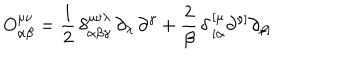
O _ { \alpha \beta } ^ { \mu \nu } = { \frac { 1 } { 2 } } \, \delta _ { \alpha \beta \gamma } ^ { \mu \nu \lambda } \, \partial _ { \lambda } \, \partial ^ { \gamma } + { \frac { 2 } { \beta } } \, \delta \, _ { [ \alpha } ^ { [ \mu } \partial ^ { \nu ] } \partial _ { \beta ] }